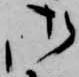
御